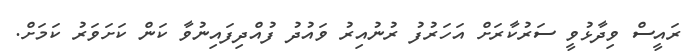
ރައީސް ވިދާޅުވީ ސަރުކާރަށް އަހަރުފު ރުނުއިރު ވައުދު ފުއްދިފައިނުވާ ކަން ކަށަވަރު ކަމަށް.